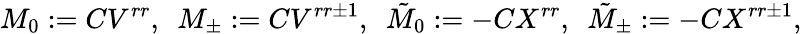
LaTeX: M_{0}:=CV^{rr},\ \ M_{\pm}:=CV^{rr\pm 1},\ \ {\tilde{M}}_{0}:=-CX^{rr},\ \ {\tilde{M}}_{\pm}:=-CX^{rr\pm 1},